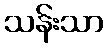
သန်းသာ